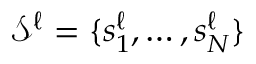
\mathcal { S } ^ { \ell } = \{ s _ { 1 } ^ { \ell } , \dots , s _ { N } ^ { \ell } \}